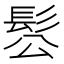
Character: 䯳